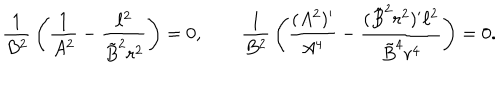
{ \frac { 1 } { B ^ { 2 } } } \left( { \frac { 1 } { A ^ { 2 } } } - { \frac { \ell ^ { 2 } } { \tilde { B } ^ { 2 } r ^ { 2 } } } \right) = 0 , \qquad { \frac { 1 } { B ^ { 2 } } } \left( { \frac { ( A ^ { 2 } ) ^ { \prime } } { A ^ { 4 } } } - { \frac { ( \tilde { B } ^ { 2 } r ^ { 2 } ) ^ { \prime } \ell ^ { 2 } } { \tilde { B } ^ { 4 } r ^ { 4 } } } \right) = 0 .